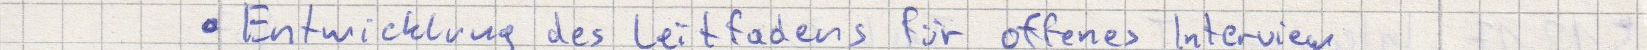
Entwicklung des Leitfadens für offenes Interview